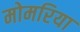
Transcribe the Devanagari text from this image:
मोमरिया